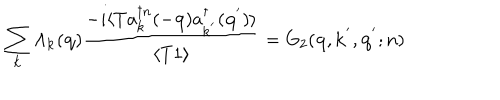
\sum _ { { \bf { k } } } \Lambda _ { { \bf { k } } } ( { \bf { q } } ) \frac { - i \langle T a _ { { \bf { k } } } ^ { \dagger n } ( - { \bf { q } } ) a _ { { \bf { k } } ^ { ' } } ^ { \dagger } ( { \bf { q } } ^ { ' } ) \rangle } { \langle T 1 \rangle } = G _ { 2 } ( { \bf { q } } , { \bf { k } } ^ { ' } , { \bf { q } } ^ { ' } ; n )